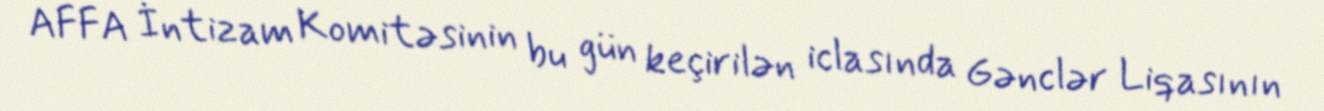
AFFA İntizam Komitəsinin bu gün keçirilən iclasında Gənclər Liqasının